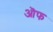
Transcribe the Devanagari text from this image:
ऒफ